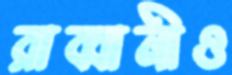
রাব্বানীও